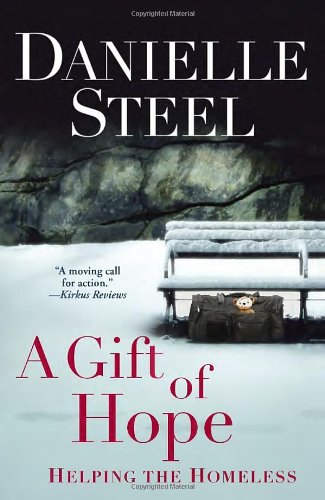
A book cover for A Gift of Hope: Helping the Homeless; Danielle Steel; Business & Money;